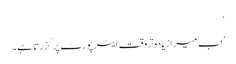
‘
’اب میرا زیادہ تر وقت ایئرپورٹ پر گزرتا ہے۔